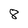
Character: 8